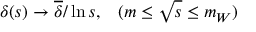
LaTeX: \delta ( s ) \rightarrow \overline { { { \delta } } } / \ln s , \; \; \; ( m \leq \sqrt { s } \leq m _ { W } )